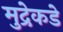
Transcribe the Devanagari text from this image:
मुद्रेकडे